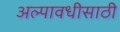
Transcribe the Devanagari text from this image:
अल्पावधीसाठी